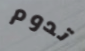
تدوم